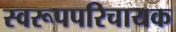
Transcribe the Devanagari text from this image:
स्वरूपपरिचायक